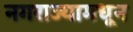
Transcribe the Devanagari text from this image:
नगराज्यामधून